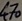
Text: 470